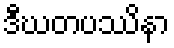
ဒီဃတပဿိနာ